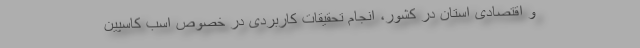
و اقتصادی استان در کشور، انجام تحقیقات کاربردی در خصوص اسب کاسپین